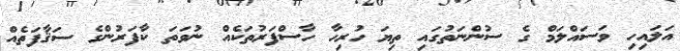
އަލައިހި ވަސައްލަމް ގެ ސުންނަތުގައި ތިޔަ ހުރިހާ ހާސްފަރުތަކެއް ނުވަތަ ކާފަރުންގެ ސަޤާފަތެއް